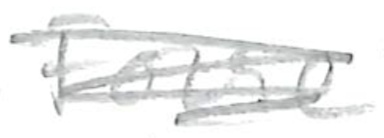
Text: Force
Cross-out: scratch
Writing tool: pencil